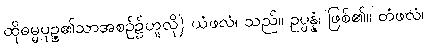
ထိုဓမ္မပုဉ္ဇ၏သာအစဉ်၌ဟူလို) ယံဖလံ၊ သည်။ ဥပ္ပန္နံ၊ ဖြစ်၏။ တံဖလံ၊